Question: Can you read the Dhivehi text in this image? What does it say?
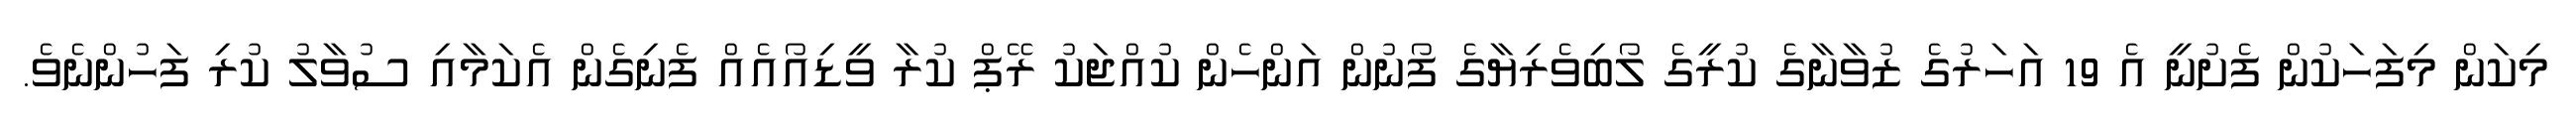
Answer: މިކަން މިފަހަކުން ފެށުނީ އެ 19 އަހަރުގެ ޒުވާނާގެ ކުރީގެ ލޯބިވެރިޔާގެ ފޯނުން އަންހެން ކުއްޖަކު ރޭޕް ކުރާ ވީޑިއޯއެއް ފެނިގެން އެކަމާއި ސުވާލު ކުރި ފަހުންނެވެ.